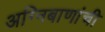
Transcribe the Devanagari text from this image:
अग्निबाणांची